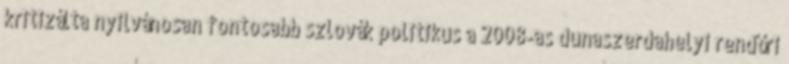
kritizálta nyilvánosan fontosabb szlovák politikus a 2008-as dunaszerdahelyi rendőri